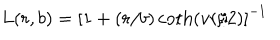
L ( r , b ) = \left[ 1 + ( r / b ) \coth ( v r / 2 ) \right] ^ { - 1 }